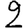
Digit: 2